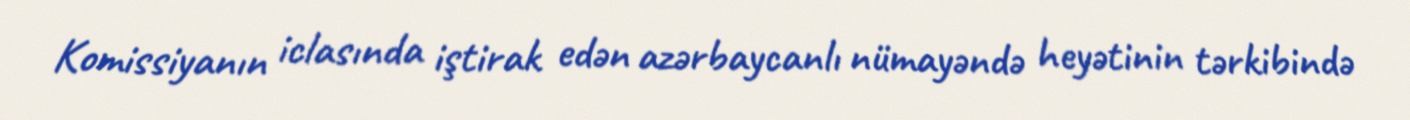
Komissiyanın iclasında iştirak edən azərbaycanlı nümayəndə heyətinin tərkibində